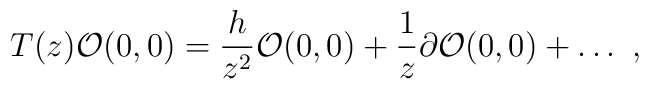
T(z) {\cal O}(0,0) = \frac{h}{z^2} {\cal O}(0,0)+ \frac{1}{z} \partial {\cal O}(0,0) + \ldots \ ,